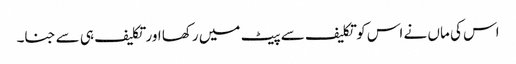
اس کی ماں نے اس کو تکلیف سے پیٹ میں رکھا اور تکلیف ہی سے جنا۔